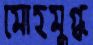
মোহমুগ্ধ